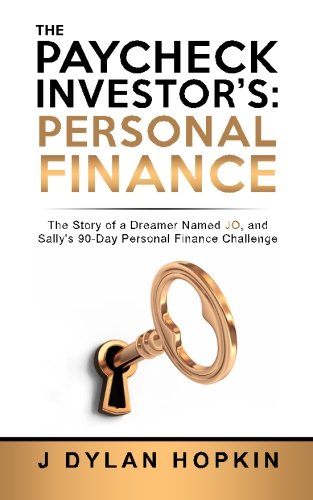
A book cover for The Paycheck Investor's: Personal Finance: The Story of a Dreamer Named Jo, and Sally's 90-Day Personal Finance Challenge (Volume 1); J Dylan Hopkin; Business & Money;